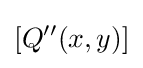
[Q^{\prime \prime }(x,y)]